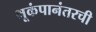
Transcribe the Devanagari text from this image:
भूकंपानंतरची